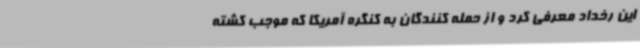
این رخداد معرفی کرد و از حمله کنندگان به کنگره آمریکا که موجب کشته